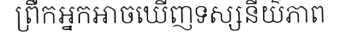
ព្រឺកអ្នកអាចឃើញទស្សនីយ៌ភាព